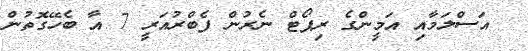
އަސްލަމާއި އަމީންގެ ރިޕޯޓް ނެރުން ފެބްރުއަރީ 7 އާ ބެހޭގޮތުން